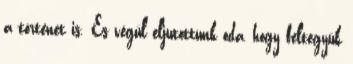
a történet is. És végül eljutottunk oda, hogy feltegyük